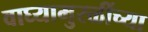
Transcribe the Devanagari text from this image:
वाघ्यामुरळींच्या